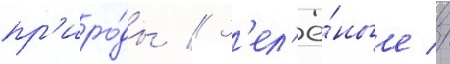
пр'иро́ды // З'ел'ё́ные //